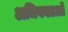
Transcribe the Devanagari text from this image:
अधिवक्तओं